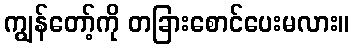
ကျွန်တော့်ကို တခြားစောင်ပေးမလား။